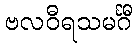
ဗလဝီရသမင်္ဂီ